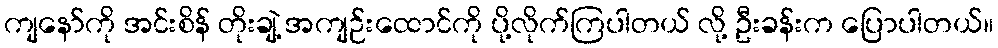
ကျနော်ကို အင်းစိန် တိုးချဲ့ အကျဉ်းထောင်ကို ပို့လိုက်ကြပါတယ် လို့ ဦးခန်းက ပြောပါတယ်။